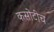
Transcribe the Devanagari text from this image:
कसोटीच